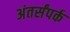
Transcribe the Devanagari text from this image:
अंतर्संपर्क